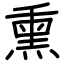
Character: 熏